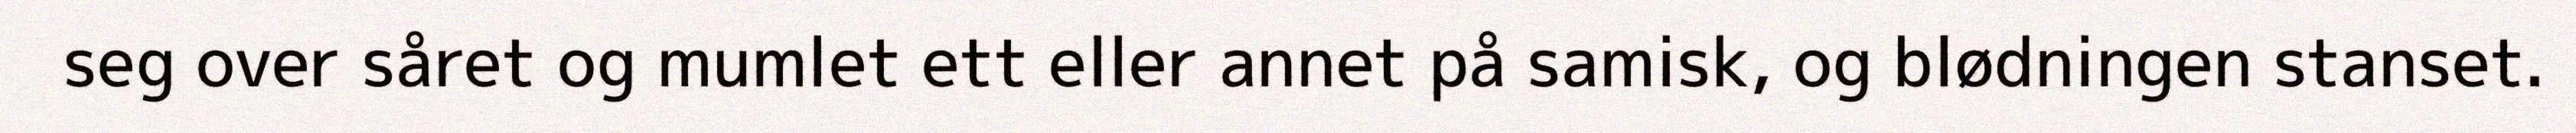
seg over såret og mumlet ett eller annet på samisk, og blødningen stanset.